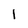
Character: I